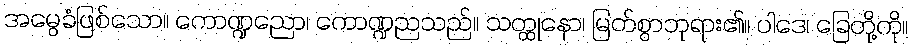
အမွေခံဖြစ်သော။ ကောဏ္ဍညော၊ ကောဏ္ဍညသည်။ သတ္ထုနော၊ မြတ်စွာဘုရား၏။ ပါဒေ၊ ခြေတို့ကို။